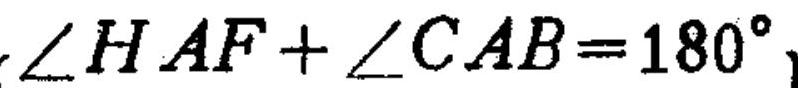
\(\angle HAF+\angle CAB = 180^{\circ}\)